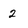
Character: 2